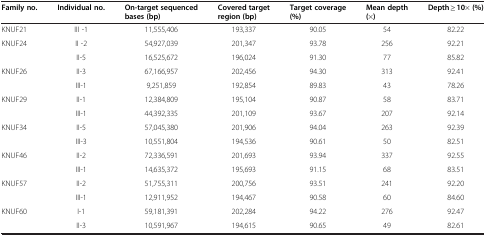
<table><thead><tr><td><b>Family no.</b></td><td><b>Individual no.</b></td><td><b>On-target sequenced bases (bp)</b></td><td><b>Covered target region (bp)</b></td><td><b>Target coverage (%)</b></td><td><b>Mean depth (×)</b></td><td><b>Depth ≥ 10× (%)</b></td></tr></thead><tbody><tr><td>KNUF21</td><td>III -1</td><td>11,555,406</td><td>193,337</td><td>90.05</td><td>54</td><td>82.22</td></tr><tr><td>KNUF24</td><td>II -2</td><td>54,927,039</td><td>201,347</td><td>93.78</td><td>256</td><td>92.21</td></tr><tr><td>[EMPTY_CELL]</td><td>II-5</td><td>16,525,672</td><td>196,024</td><td>91.30</td><td>77</td><td>85.82</td></tr><tr><td>KNUF26</td><td>II-3</td><td>67,166,957</td><td>202,456</td><td>94.30</td><td>313</td><td>92.41</td></tr><tr><td>[EMPTY_CELL]</td><td>III-1</td><td>9,251,859</td><td>192,854</td><td>89.83</td><td>43</td><td>78.26</td></tr><tr><td>KNUF29</td><td>II-1</td><td>12,384,809</td><td>195,104</td><td>90.87</td><td>58</td><td>83.71</td></tr><tr><td>[EMPTY_CELL]</td><td>III-1</td><td>44,392,335</td><td>201,109</td><td>93.67</td><td>207</td><td>92.14</td></tr><tr><td>KNUF34</td><td>II-5</td><td>57,045,380</td><td>201,906</td><td>94.04</td><td>263</td><td>92.39</td></tr><tr><td>[EMPTY_CELL]</td><td>III-3</td><td>10,551,804</td><td>194,536</td><td>90.61</td><td>50</td><td>82.51</td></tr><tr><td>KNUF46</td><td>II-2</td><td>72,336,591</td><td>201,693</td><td>93.94</td><td>337</td><td>92.55</td></tr><tr><td>[EMPTY_CELL]</td><td>III-1</td><td>14,635,372</td><td>195,693</td><td>91.15</td><td>68</td><td>83.51</td></tr><tr><td>KNUF57</td><td>II-2</td><td>51,755,311</td><td>200,756</td><td>93.51</td><td>241</td><td>92.20</td></tr><tr><td>[EMPTY_CELL]</td><td>III-1</td><td>12,911,952</td><td>194,467</td><td>90.58</td><td>60</td><td>84.60</td></tr><tr><td>KNUF60</td><td>I-1</td><td>59,181,391</td><td>202,284</td><td>94.22</td><td>276</td><td>92.47</td></tr><tr><td>[EMPTY_CELL]</td><td>II-3</td><td>10,591,967</td><td>194,615</td><td>90.65</td><td>49</td><td>82.61</td></tr></tbody></table>